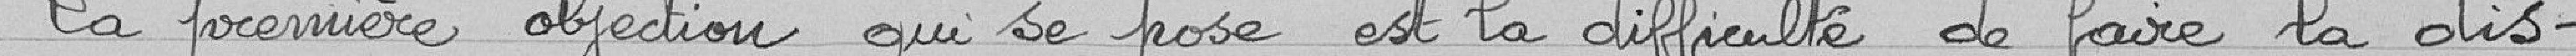
La première objection qui se pose est la difficulté de faire la dis-